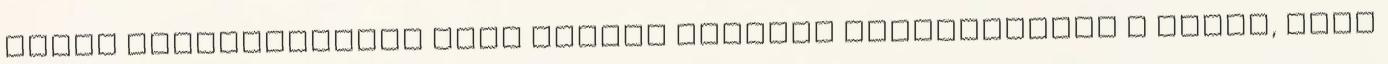
eddig rendelkezésre álló adatok alapján megalapozott a gyanú, hogy